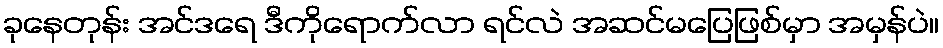
ခုနေတုန်း အင်ဒရေ ဒီကိုရောက်လာ ရင်လဲ အဆင်မပြေဖြစ်မှာ အမှန်ပဲ။